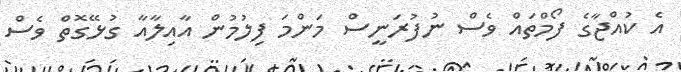
އެ ކުއްޖާގެ ފޯމްތައް ވެސް ނުފުރަނީސް މަންމަ ފިލުމުން އާއިލާއާ ގުޅޭގޮތް ވެސް